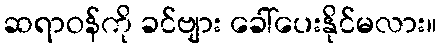
ဆရာဝန်ကို ခင်ဗျား ခေါ်ပေးနိုင်မလား။